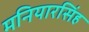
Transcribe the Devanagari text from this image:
मनियारसिंह